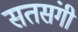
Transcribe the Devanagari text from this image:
सतसंगी